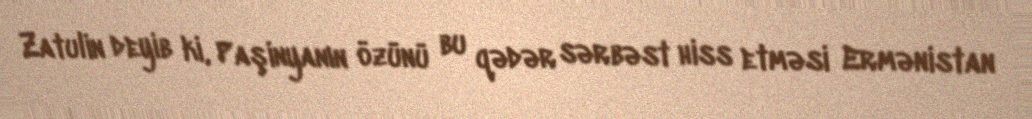
Zatulin deyib ki, Paşinyanın özünü bu qədər sərbəst hiss etməsi Ermənistan